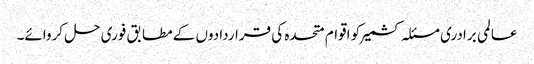
عالمی برادری مسئلہ کشمیر کو اقوام متحدہ کی قراردادوں کے مطابق فوری حل کروائے۔